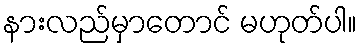
နားလည်မှာတောင် မဟုတ်ပါ။